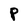
Character: P